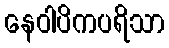
နေဝါပိကပရိသာ